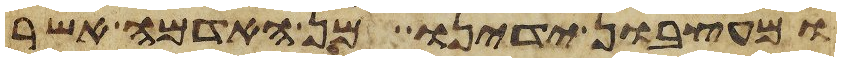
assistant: ומעצבון ידינו מן האדמה אשר